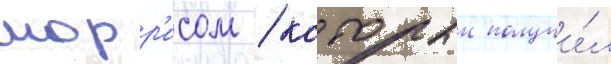
морр'исом / которыи получи́л